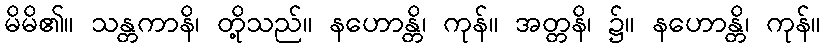
မိမိ၏။ သန္တကာနိ၊ တို့သည်။ နဟောန္တိ၊ ကုန်။ အတ္တနိ၊ ၌။ နဟောန္တိ၊ ကုန်။